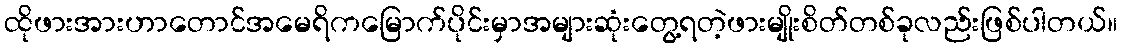
ထိုဖားအားဟာတောင်အမေရိကမြောက်ပိုင်းမှာအများဆုံးတွေ့ရတဲ့ဖားမျိုးစိတ်တစ်ခုလည်းဖြစ်ပါတယ်။